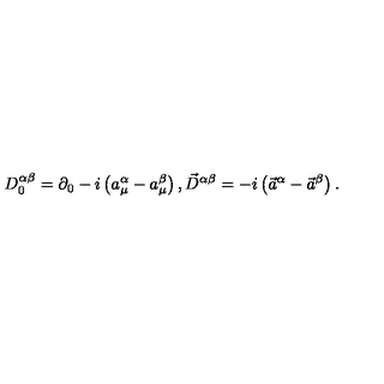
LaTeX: D _ { 0 } ^ { \alpha \beta } = \partial _ { 0 } - i \left( a _ { \mu } ^ { \alpha } - a _ { \mu } ^ { \beta } \right) , \vec { D } ^ { \alpha \beta } = - i \left( \vec { a } ^ { \alpha } - \vec { a } ^ { \beta } \right) .